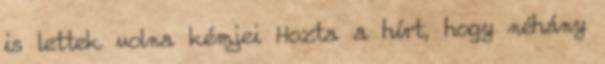
is lettek volna kémjei Hozta a hírt, hogy néhány